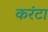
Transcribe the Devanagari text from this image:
करंटा